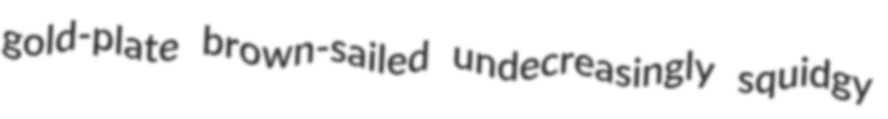
gold-plate brown-sailed undecreasingly squidgy